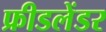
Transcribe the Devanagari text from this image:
फ्रीडलेंडर